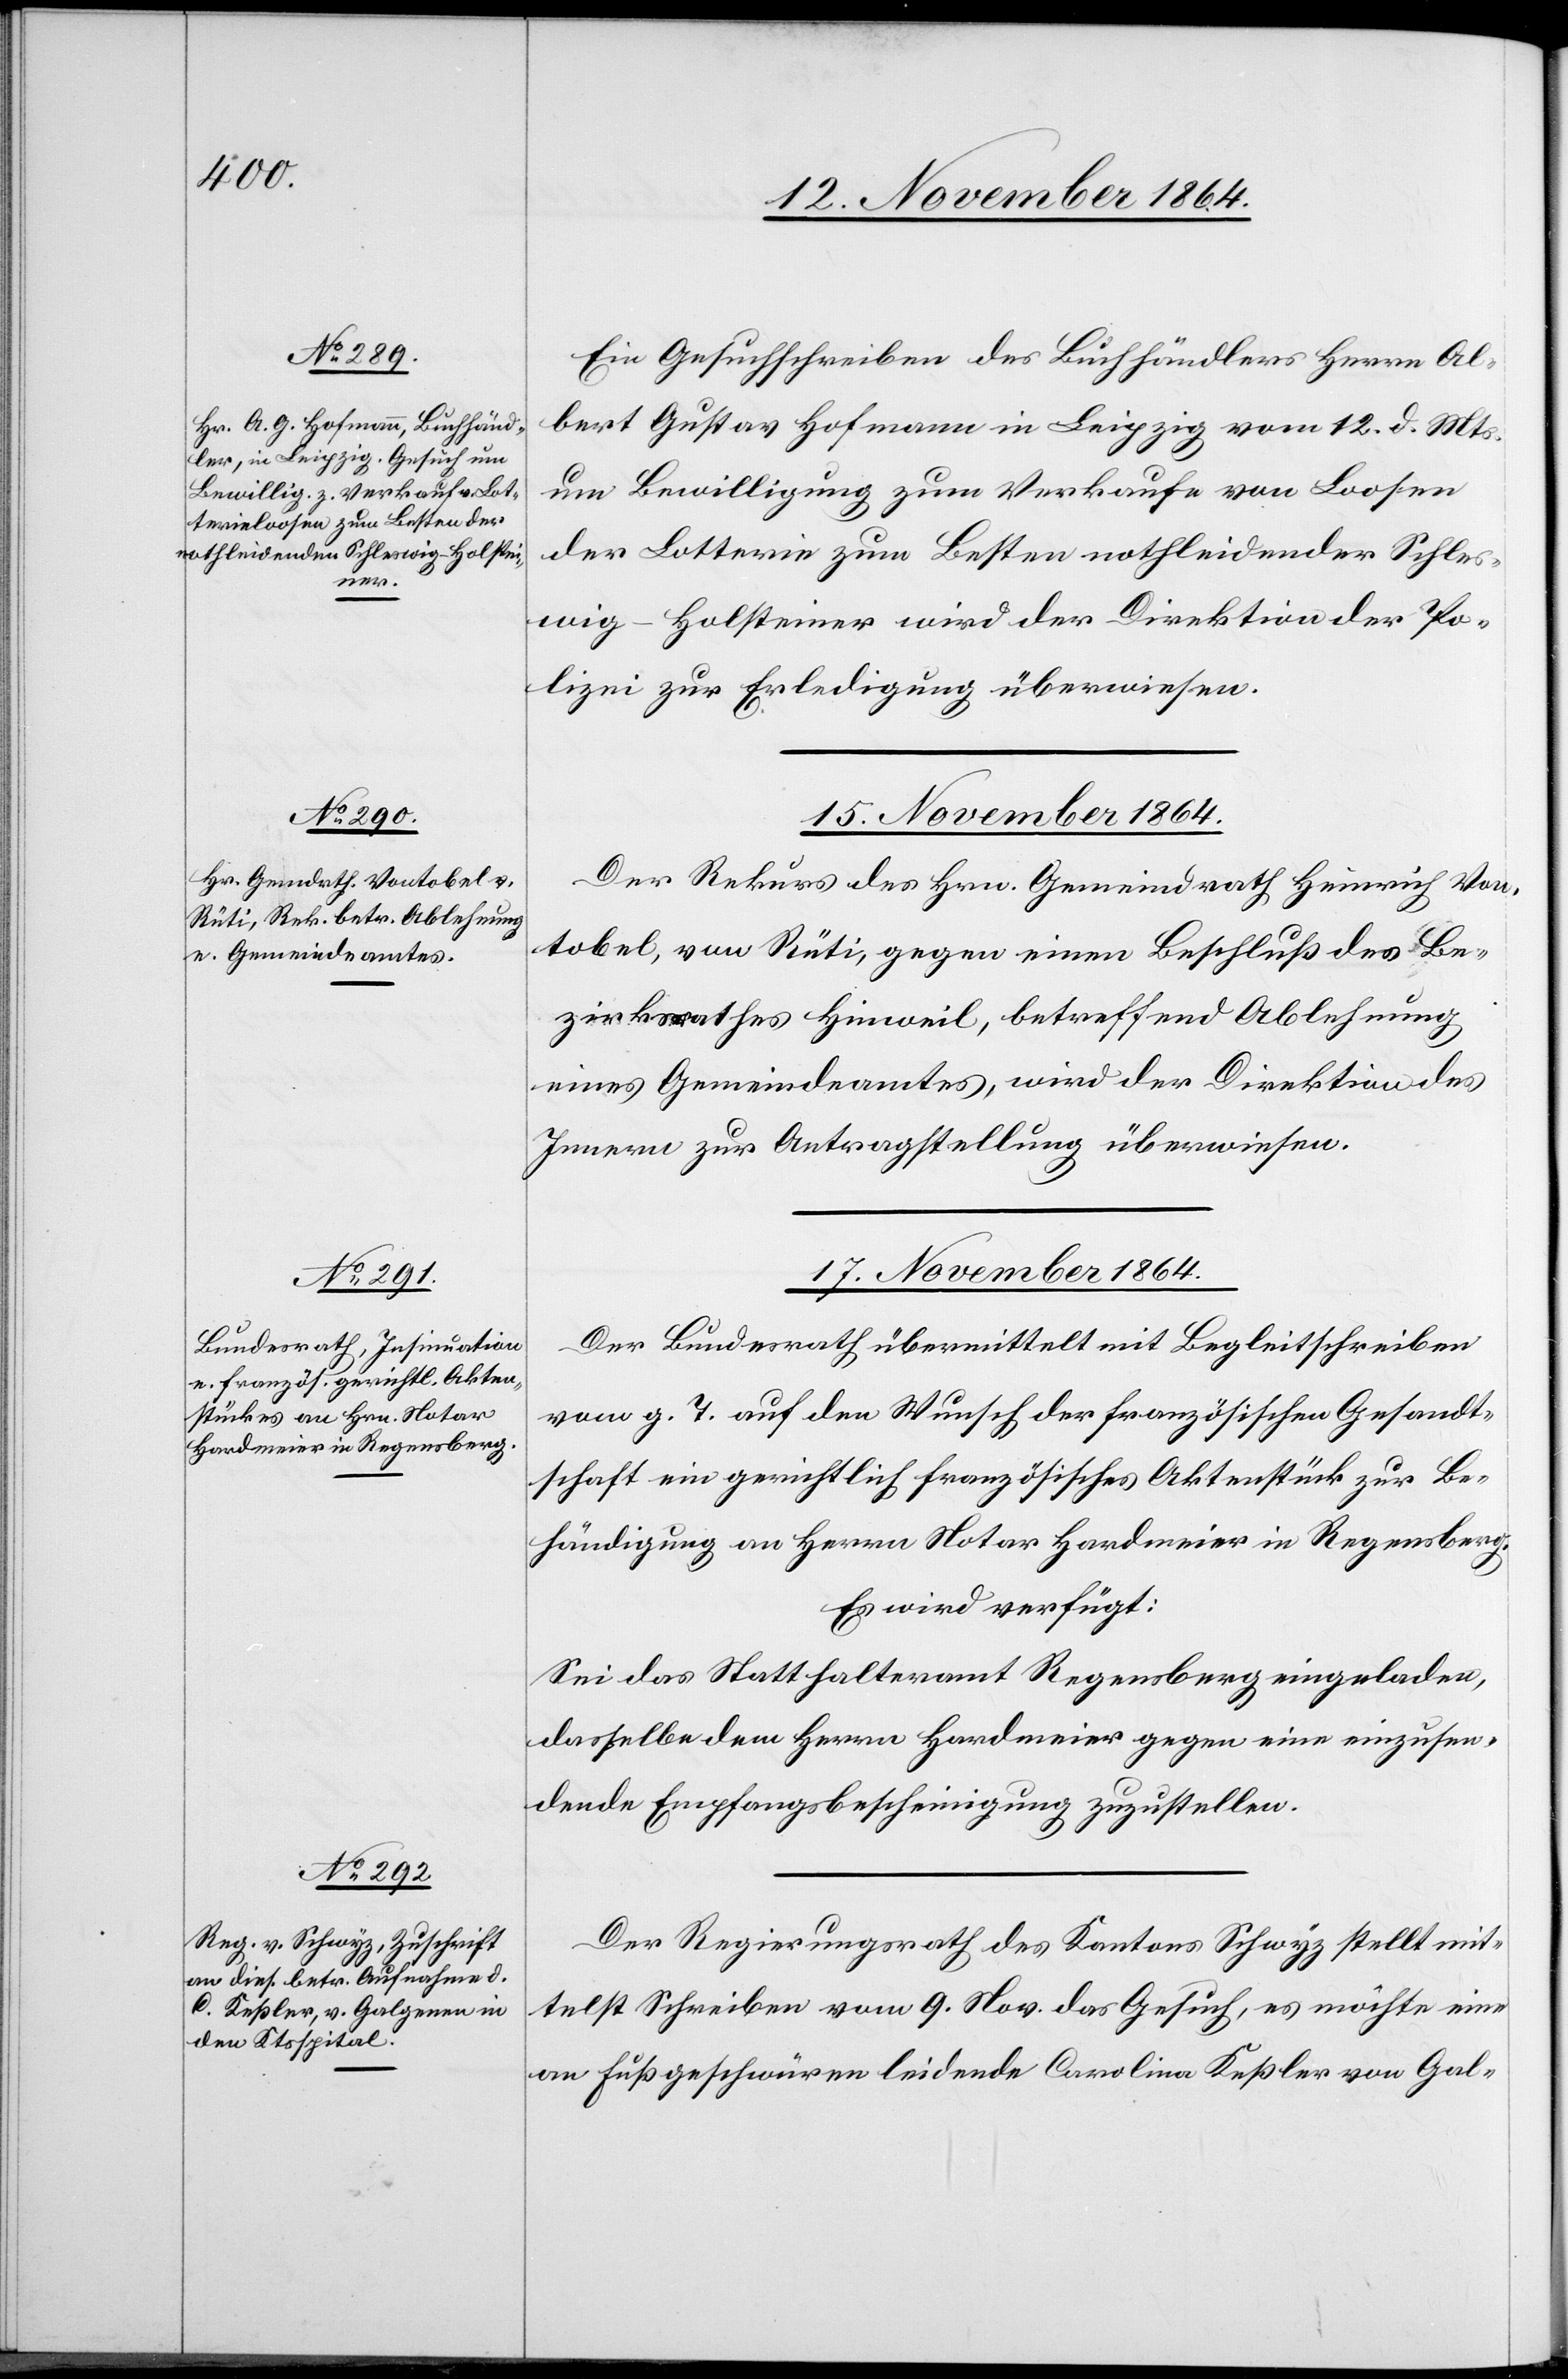
14. November 1864.]
Ein Gesuchschreiben des Buchhändler Herrn Al¬
bert Gustav Hofmann in Leipzig vom 12. d. Mts.
um Bewilligung zum Verkaufe von Loosen
der Lotterie zum Besten nothleidender. Schles¬
wig-Holsteiner wird der Direktion der Po¬
lizei zur Erledigung überwiesen.
15. November 1864.
Der Rekurs des Hrn. Gemeindrath Heinrich Von¬
tobel, von Rüti, gegen einen Beschluß des Be¬
zirksrathes Hinweil, betreffend Ablehnung
eines Gemeindeamtes, wird der Direktion des
Innern zur Antragstellung überwiesen.
17. November 1864.]
Der Bundesrath übermittelt mit Begleitschreiben
vom g. T. auf den Wunsch der französischen Gesandt¬
schaft ein gerichtlich französisches Aktenstück zur Be¬
händigung an Herrn Notar Hardmeier in Regensberg.
Es wird verfügt:
Sei das Statthalteramt Regensberg eingeladen,
dasselbe dem Herrn Hardmeier gegen eine einzusen¬
dende Empfangsbescheinigung zuzustellen.
Der Regierungsrath des Kantons Schwyz stellt mit¬
telst Schreiben vom 9. Nov. das Gesuch, es möchte eine
an Fußgeschwüren leidende Carolina Keßler von Gal-